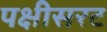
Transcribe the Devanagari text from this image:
पक्षीसरट